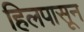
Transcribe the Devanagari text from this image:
हिलपासून